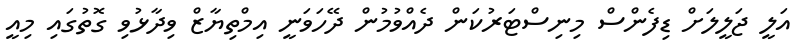
އަލީ ޖަލީލަށް ޑިފެންސް މިނިސްޓަރުކަން ދެއްވުމުން ދޭހަވަނީ އިމްތިޔާޒް ވިދާޅުވި ގޮތުގައި މިއީ